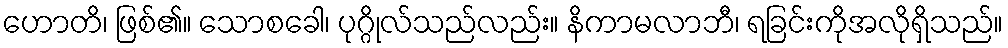
ဟောတိ၊ ဖြစ်၏။ သောစခေါ၊ ပုဂ္ဂိုလ်သည်လည်း။ နိကာမလာဘီ၊ ရခြင်းကိုအလိုရှိသည်။